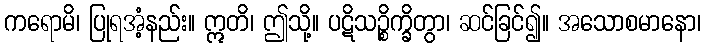
ကရောမိ၊ ပြုရအံ့နည်း။ ဣတိ၊ ဤသို့။ ပဋိသဉ္စိက္ခိတွာ၊ ဆင်ခြင်၍။ အသောစမာနော၊